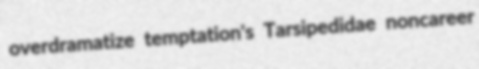
overdramatize temptation's Tarsipedidae noncareer